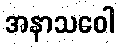
အနာသဝေါ